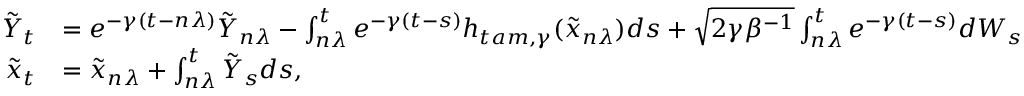
\begin{array} { r l } { \Tilde { Y } _ { t } } & { = e ^ { - \gamma ( t - n \lambda ) } \Tilde { Y } _ { n \lambda } - \int _ { n \lambda } ^ { t } e ^ { - \gamma ( t - s ) } h _ { t a m , \gamma } ( \tilde { x } _ { n \lambda } ) d s + \sqrt { 2 \gamma \beta ^ { - 1 } } \int _ { n \lambda } ^ { t } e ^ { - \gamma ( t - s ) } d W _ { s } } \\ { \Tilde { x } _ { t } } & { = \tilde { x } _ { n \lambda } + \int _ { n \lambda } ^ { t } \tilde { Y } _ { s } d s , } \end{array}